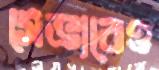
সেভাবেও